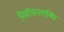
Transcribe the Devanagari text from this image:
निर्वाचनलब्धि